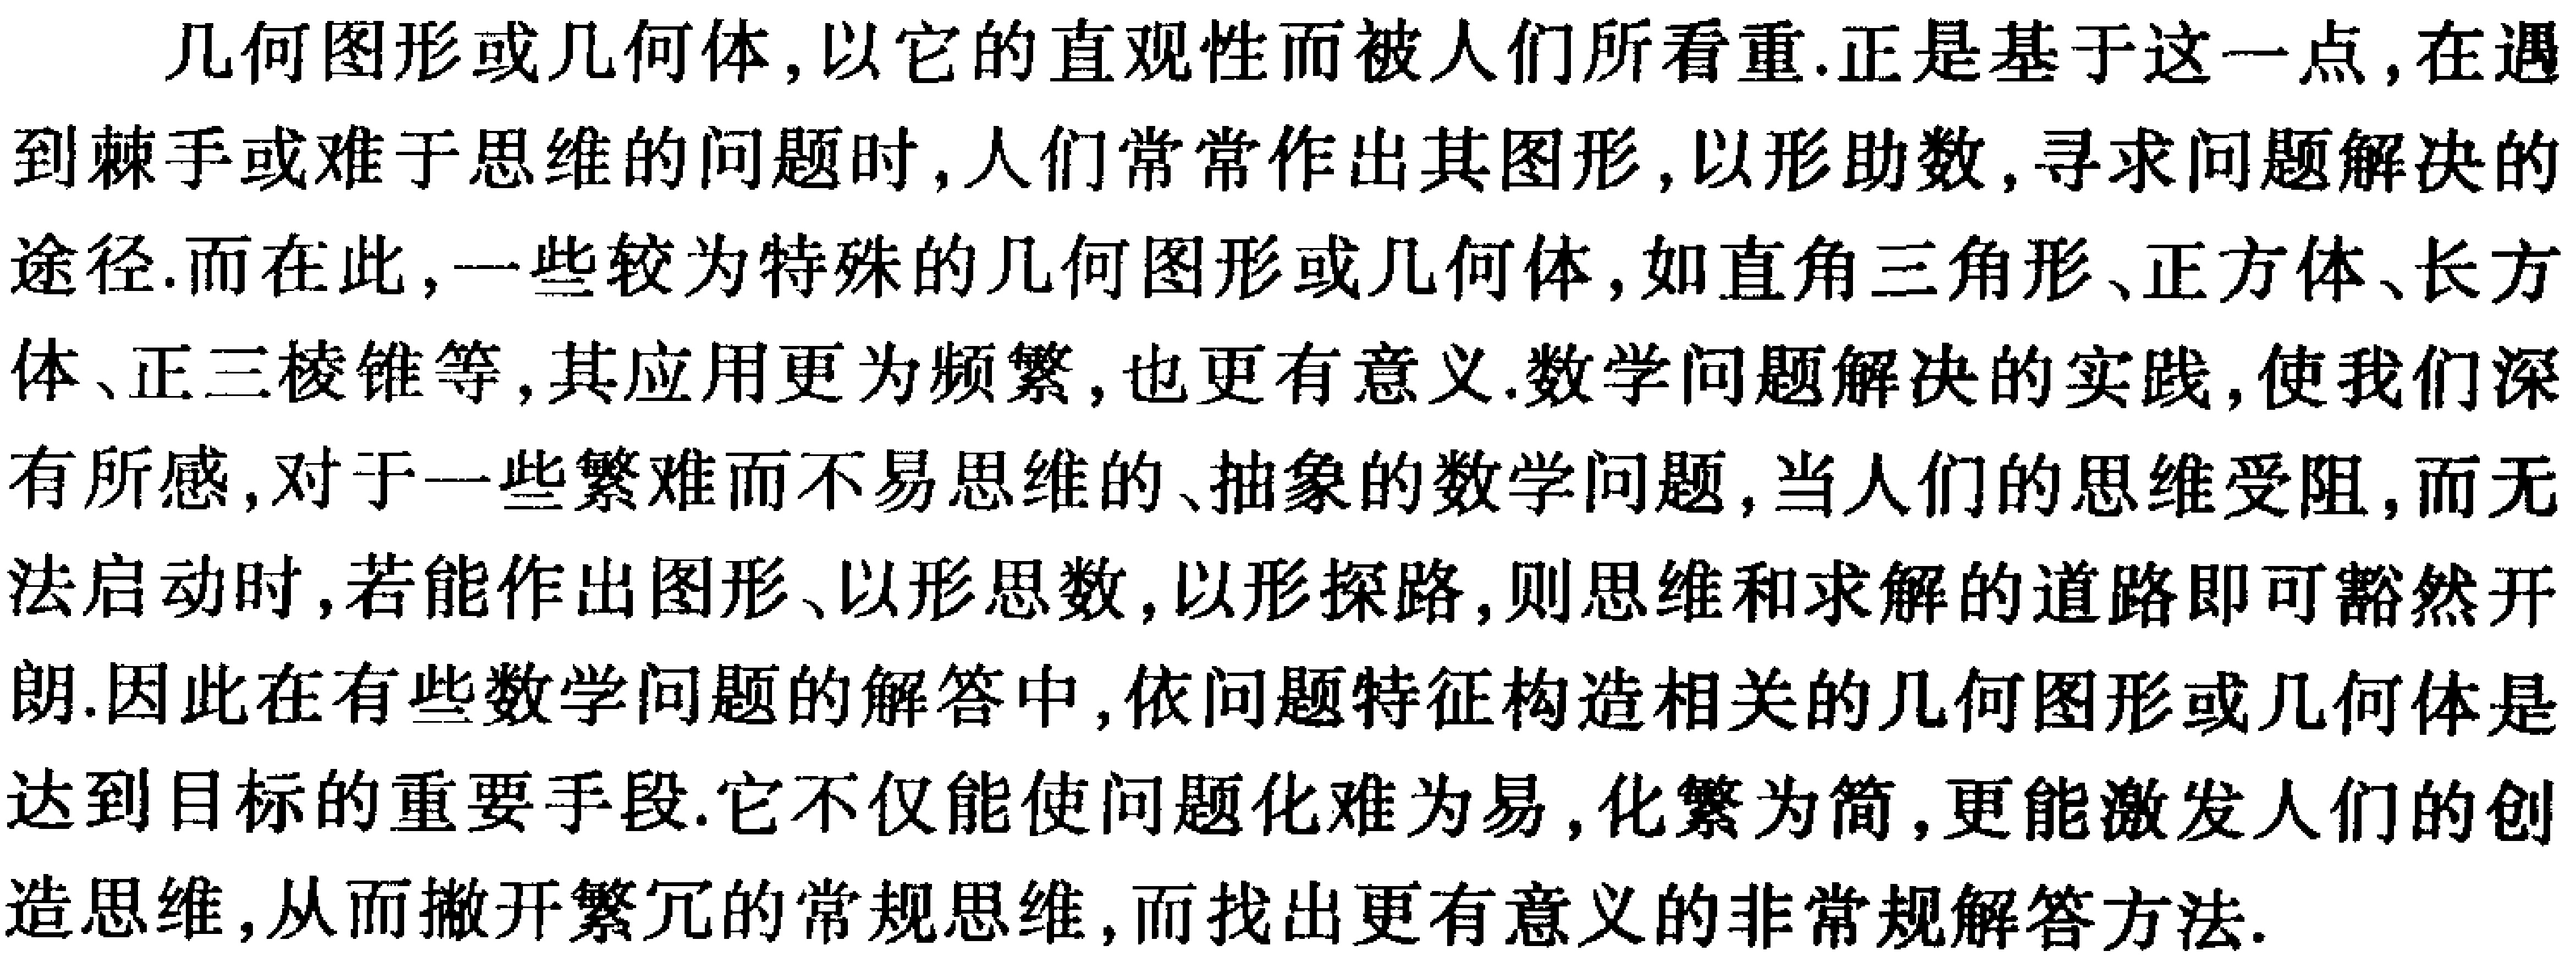
几何图形或几何体，以它的直观性而被人们所看重.正是基于这一点，在遇到棘手或难于思维的问题时，人们常常作出其图形，以形助数，寻求问题解决的途径.而在此，一些较为特殊的几何图形或几何体，如直角三角形、正方体、长方体、正三棱锥等，其应用更为频繁，也更有意义.数学问题解决的实践，使我们深有所感，对于一些繁难而不易思维的、抽象的数学问题，当人们的思维受阻，而无法启动时，若能作出图形、以形思数，以形探路，则思维和求解的道路即可豁然开朗.因此在有些数学问题的解答中，依问题特征构造相关的几何图形或几何体是达到目标的重要手段.它不仅能使问题化难为易，化繁为简，更能激发人们的创造思维，从而撇开繁冗的常规思维，而找出更有意义的非常规解答方法.